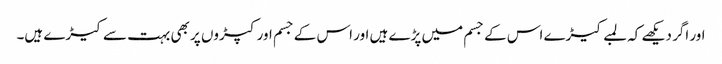
اور اگر دیکھے کہ لمبے کیڑے اس کے جسم میں پڑے ہیں اور اس کے جسم اور کپڑوں پر بھی بہت سے کیڑے ہیں۔